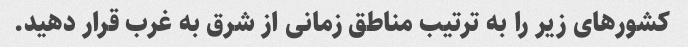
کشورهای زیر را به ترتیب مناطق زمانی از شرق به غرب قرار دهید.